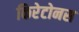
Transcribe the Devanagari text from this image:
किरेटोनस